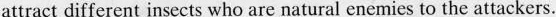
attract different insects who are natural enemies to the attackers.